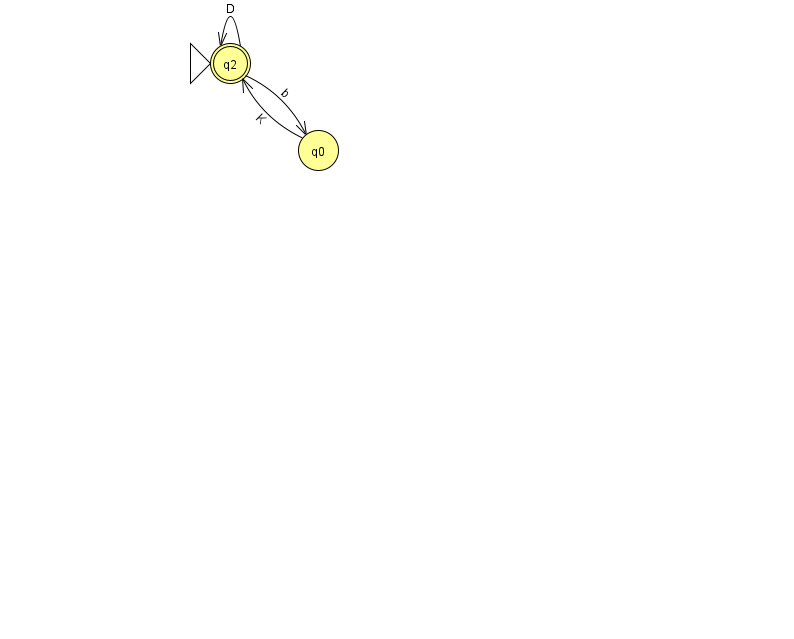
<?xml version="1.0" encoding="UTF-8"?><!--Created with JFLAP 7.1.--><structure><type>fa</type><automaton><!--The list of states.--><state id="0" name="q0"><x>318.0</x><y>137.0</y></state><state id="2" name="q2"><x>230.0</x><y>50.0</y><initial/><final/></state><!--The list of transitions.--><transition><from>2</from><to>0</to><read>b</read></transition><transition><from>2</from><to>2</to><read>D</read></transition><transition><from>0</from><to>2</to><read>K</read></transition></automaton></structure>